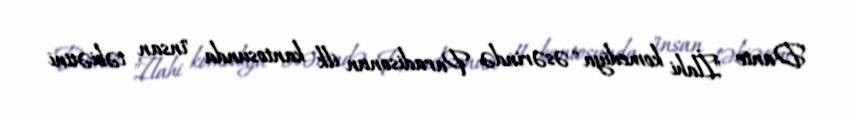
Dante "İlahi komediya" əsərində Paradisonun ilk kantosunda "insan təbiətini